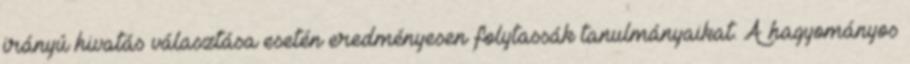
irányú hivatás választása esetén eredményesen folytassák tanulmányaikat. A hagyományos